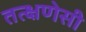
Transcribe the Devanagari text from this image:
तत्क्षणेसी